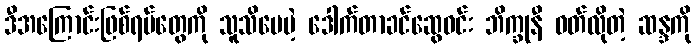
ဒီအကြောင်းဖြစ်ရပ်တွေကို သူသိပေမဲ့ ဒေါက်တာခင်ဆွေဝင်း ဘိက္ခုနီ ဝတ်လိုတဲ့ ဆန္ဒကို